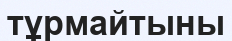
тұрмайтыны